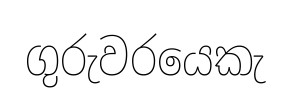
ගුරුවරයෙකැ